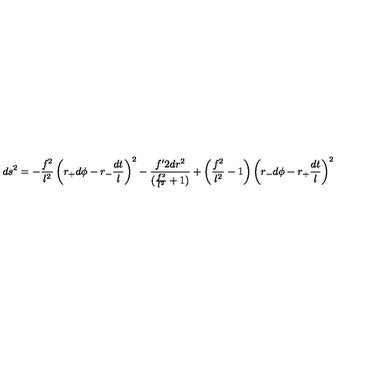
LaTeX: d s ^ { 2 } = - \frac { f ^ { 2 } } { l ^ { 2 } } \left( r _ { + } d \phi - r _ { - } \frac { d t } { l } \right) ^ { 2 } - \frac { f { ' 2 } d r ^ { 2 } } { ( \frac { f ^ { 2 } } { l ^ { 2 } } + 1 ) } + \left( \frac { f ^ { 2 } } { l ^ { 2 } } - 1 \right) \left( r _ { - } d \phi - r _ { + } \frac { d t } { l } \right) ^ { 2 }